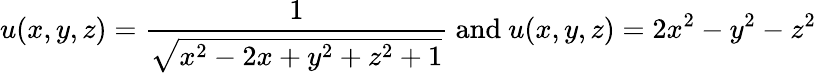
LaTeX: u(x,y,z)={\frac{1}{\sqrt{x^{2}-2x+y^{2}+z^{2}+1}}}{\mathrm{~and~}}u(x,y,z)=2x^{2}-y^{2}-z^{2}